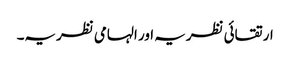
ارتقائی نظریہ اور الہامی نظریہ۔